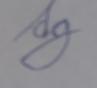
Signature authenticity: forged